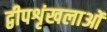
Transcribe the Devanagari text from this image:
द्वीपशृंखलाओं